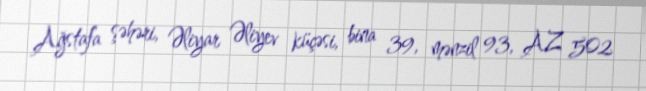
Ağstafa şəhəri, Əliyar Əliyev küçəsi, bina 39, mənzil 93, AZ 502